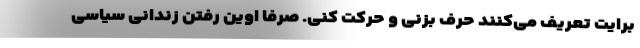
برایت تعریف می‌کنند حرف بزنی و حرکت کنی. صرفا اوین رفتن زندانی سیاسی